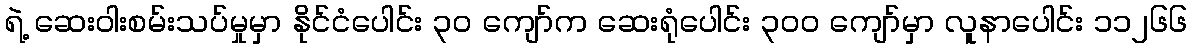
ရဲ့ ဆေးဝါးစမ်းသပ်မှုမှာ နိုင်ငံပေါင်း ၃၀ ကျော်က ဆေးရုံပေါင်း ၃၀၀ ကျော်မှာ လူနာပေါင်း ၁၁၂၆၆